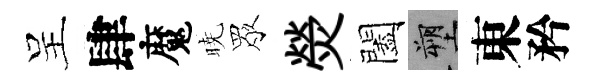
呈肆魔暁眾熒闔塑東矜